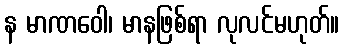
န မာဏဝေါ၊ မာနဖြစ်ရာ လုလင်မဟုတ်။